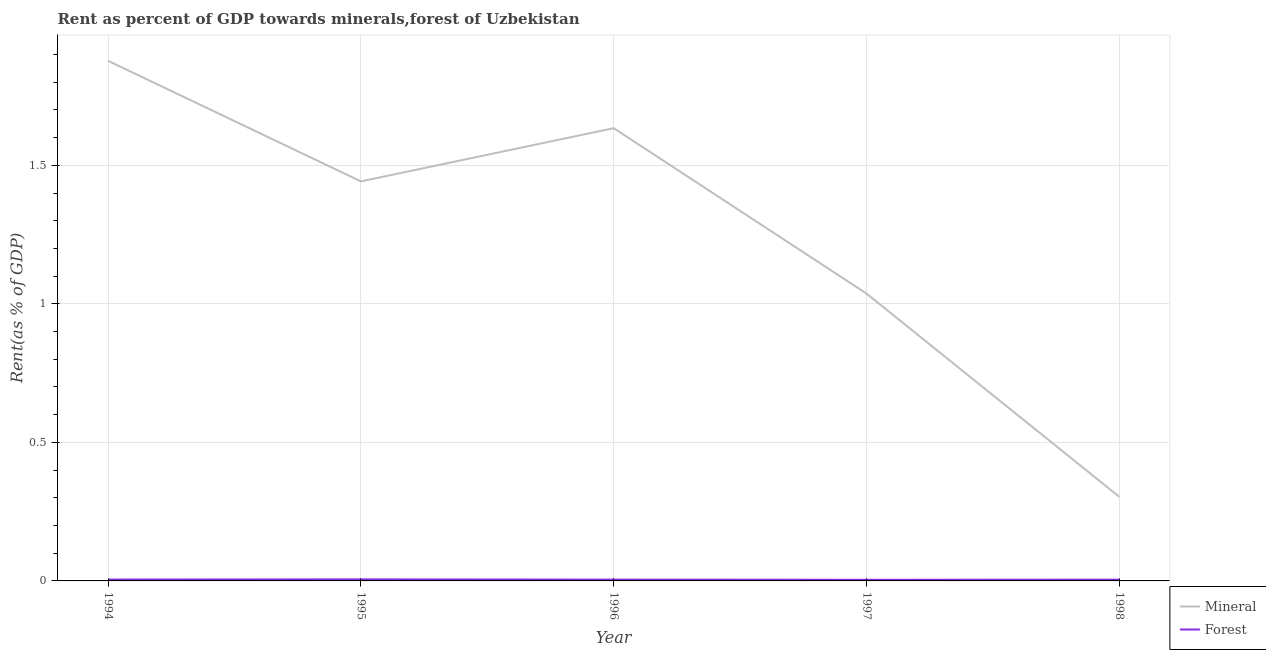
| Year | Mineral | Forest |
 | --- | --- | --- |
 | 1994 | 1.88 | 0.00495 |
 | 1995 | 1.44 | 0.00566 |
 | 1996 | 1.63 | 0.00467 |
 | 1997 | 1.04 | 0.00413 |
 | 1998 | 0.303 | 0.00452 |